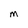
Character: m